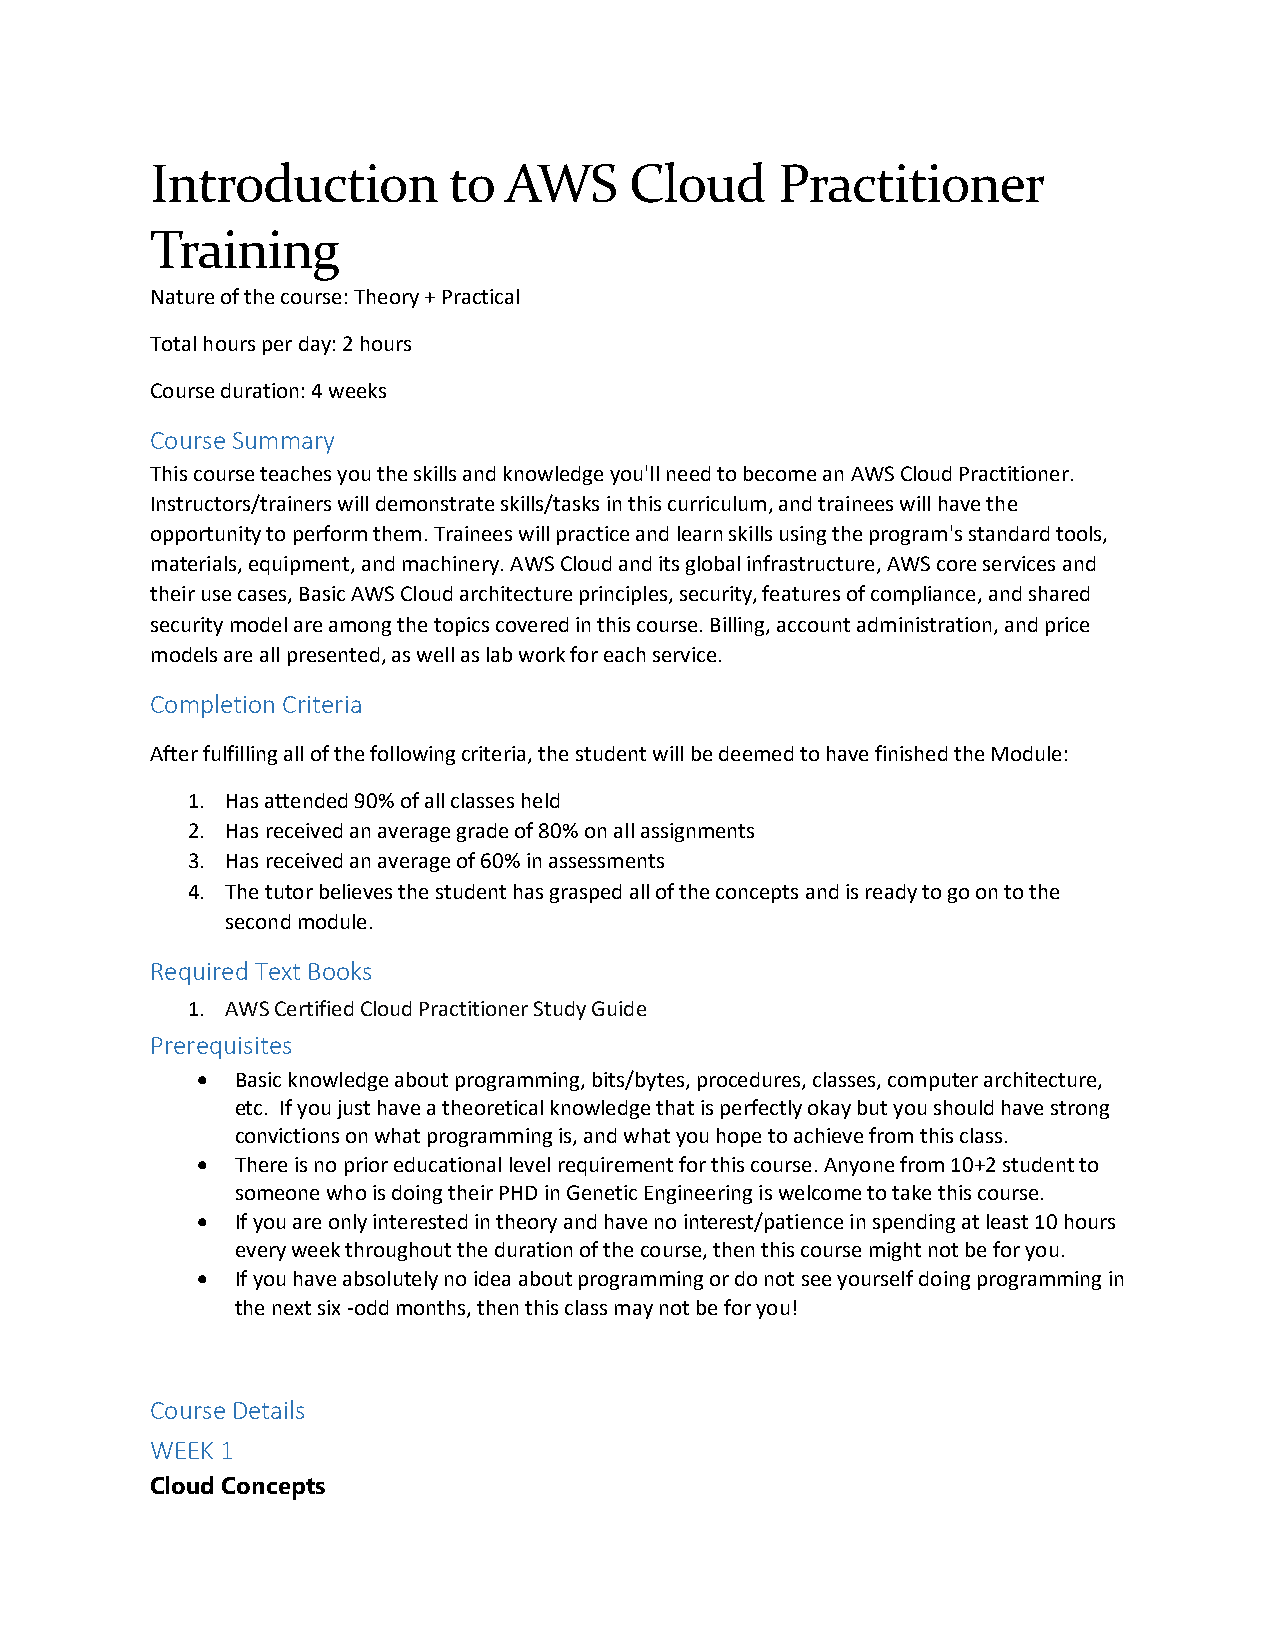
Introduction        to AWS      Cloud     Practitioner
 Training
 Nature of the course: Theory + Practical
 Total hours per day: 2 hours
 Course duration: 4 weeks
 Course Summary
 This course teaches you the skills and knowledge you'll need to become an AWS Cloud Practitioner.
 Instructors/trainers will demonstrate skills/tasks in this curriculum, and trainees will have the
 opportunity to perform them. Trainees will practice and learn skills using the program's standard tools,
 materials, equipment, and machinery. AWS Cloud and its global infrastructure, AWS core services and
 their use cases, Basic AWS Cloud architecture principles, security, features of compliance, and shared
 security model are among the topics covered in this course. Billing, account administration, and price
 models are all presented, as well as lab work for each service.
 Completion Criteria
 After fulfilling all of the following criteria, the student will be deemed to have finished the Module:
 1. Has attended 90% of all classes held
 2. Has received an average grade of 80% on all assignments
 3. Has received an average of 60% in assessments
 4. The tutor believes the student has grasped all of the concepts and is ready to go on to the
 second module.
 Required Text Books
 1. AWS Certified Cloud Practitioner Study Guide
 Prerequisites
   Basic knowledge about programming, bits/bytes, procedures, classes, computer architecture,
 etc. If you just have a theoretical knowledge that is perfectly okay but you should have strong
 convictions on what programming is, and what you hope to achieve from this class.
   There is no prior educational level requirement for this course. Anyone from 10+2 student to
 someone who is doing their PHD in Genetic Engineering is welcome to take this course.
   If you are only interested in theory and have no interest/patience in spending at least 10 hours
 every week throughout the duration of the course, then this course might not be for you.
   If you have absolutely no idea about programming or do not see yourself doing programming in
 the next six -odd months, then this class may not be for you!
 Course Details
 WEEK 1
 Cloud Concepts